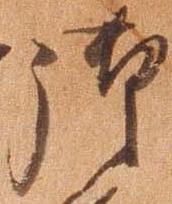
御